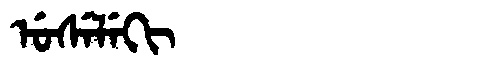
Manchu: ᡠᠰᡝᠯᡝᡴᡳ
Romanization: USELEKI